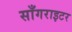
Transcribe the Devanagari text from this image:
साँगराइटर